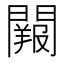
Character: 𨶔